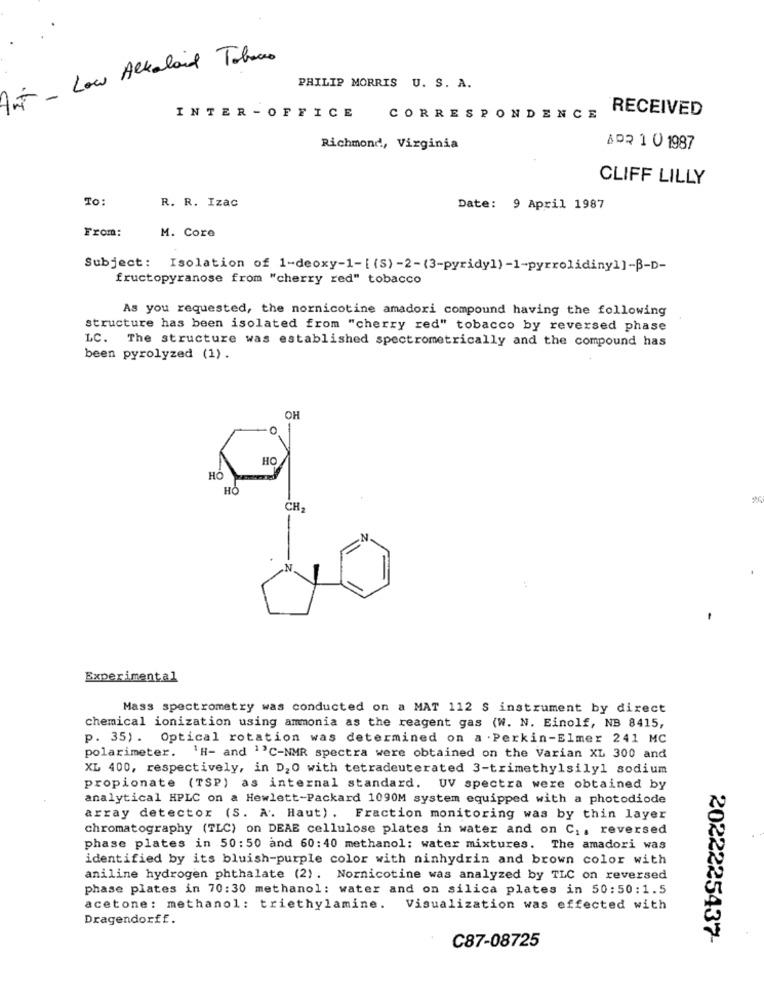
Int- Low Alkaloid Tobaco
PHILIP MORRIS U. S. A.
RECEIVED
INTER - OFFICE
CORRESPONDENCE
Richmond, Virginia
ADR 1 0 1987
CLIFF LILLY
To:
R. R. Izac
Date: 9 April 1987
From:
M. Core
Subject: Isolation of 1-deoxy-1- [ (S) -2-(3-pyridy1) -1-pyrrolidiny1]-B-D-
fructopyranose from "cherry red" tobacco
As you requested, the nornicotine amadori compound having the following
structure has been isolated from "cherry red" tobacco by reversed phase
LC. The structure was established spectrometrically and the compound has
been pyrolyzed (1).
OH
HO
HO
CH-
Experimental
Mass spectrometry was conducted on a MAT 112 S instrument by direct
chemical ionization using ammonia as the reagent gas (W. N. Einolf, NB 8415,
p. 35). Optical rotation was determined on a . Perkin-Elmer 241 MC
polarimeter. 1H- and 1'C-NMR spectra were obtained on the Varian XL 300 and
XL 400, respectively, in D,0 with tetradeuterated 3-trimethylsily1 sodium
propionate (TSP) as internal standard. UV spectra were obtained by
analytical HPLC on a Hewlett-Packard 1090M system equipped with a photodiode
array detector (S. A. Haut) . Fraction monitoring was by thin layer
chromatography (TLC) on DEAE cellulose plates in water and on C .. reversed
phase plates in 50:50 and 60:40 methanol: water mixtures. The amadori was
identified by its bluish-purple color with ninhydrin and brown color with
aniline hydrogen phthalate (2). Nornicotine was analyzed by TLC on reversed
phase plates in 70:30 methanol: water and on silica plates in 50:50:1.5
acetone: methanol: triethylamine. Visualization was effected with
Dragendorff.
C87-08725
2022225437-